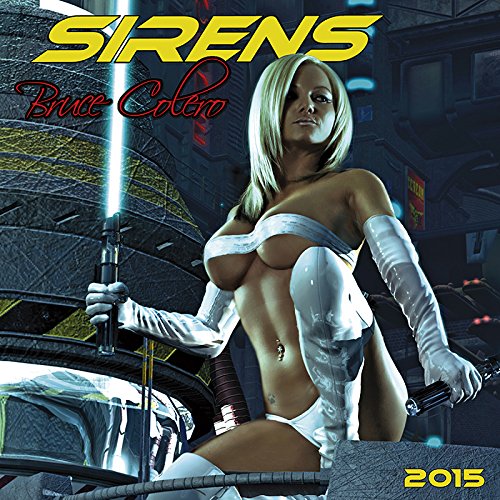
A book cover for Sirens 2015; Zebra Publishing Corp.; Calendars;